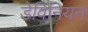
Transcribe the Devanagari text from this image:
डेविनियन